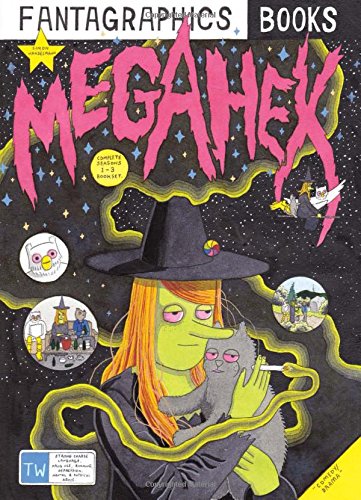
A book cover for Megahex; Simon Hanselmann; Comics & Graphic Novels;